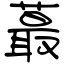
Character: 蕞